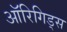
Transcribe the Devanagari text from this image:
ऑरिगिड्स